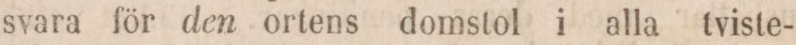
svara för den ortens domstol i alla tviste-